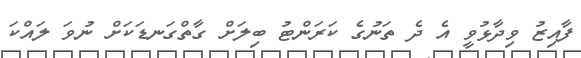
ފާއިޒު ވިދާޅުވީ އެ ދެ ތަނުގެ ކަރަންޓު ބިލަށް ގާތްގަނޑަކަށް ނުވަ ލައްކަ